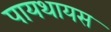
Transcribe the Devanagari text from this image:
पायथायस